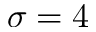
\sigma = 4